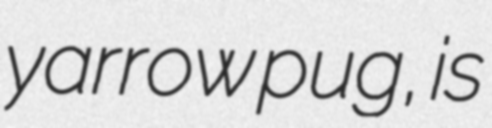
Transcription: yarrow pug, is